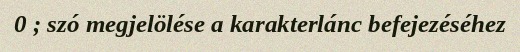
0 ; szó megjelölése a karakterlánc befejezéséhez